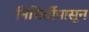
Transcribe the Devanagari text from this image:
निमिर्तीपासून